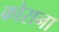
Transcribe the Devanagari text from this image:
कोराना